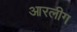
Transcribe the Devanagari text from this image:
आरलीग